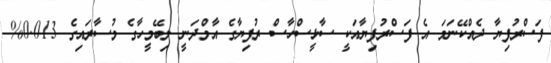
ފަސްރުފިޔާ ދެއްކޭނަމަ އެ ފަސްރުފިޔާއަކީ ސާޅީސްހާސް ރުފިޔާގެ އާމްދަނީ ލިބޭމީހާގެ މުސާރައިގެ 0.013%